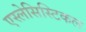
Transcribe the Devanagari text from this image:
एस्लेसिस्टिकल